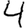
Digit: 4